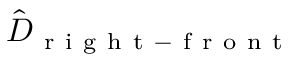
\hat { D } _ { \mathrm { ~ r ~ i ~ g ~ h ~ t ~ - ~ f ~ r ~ o ~ n ~ t ~ } }